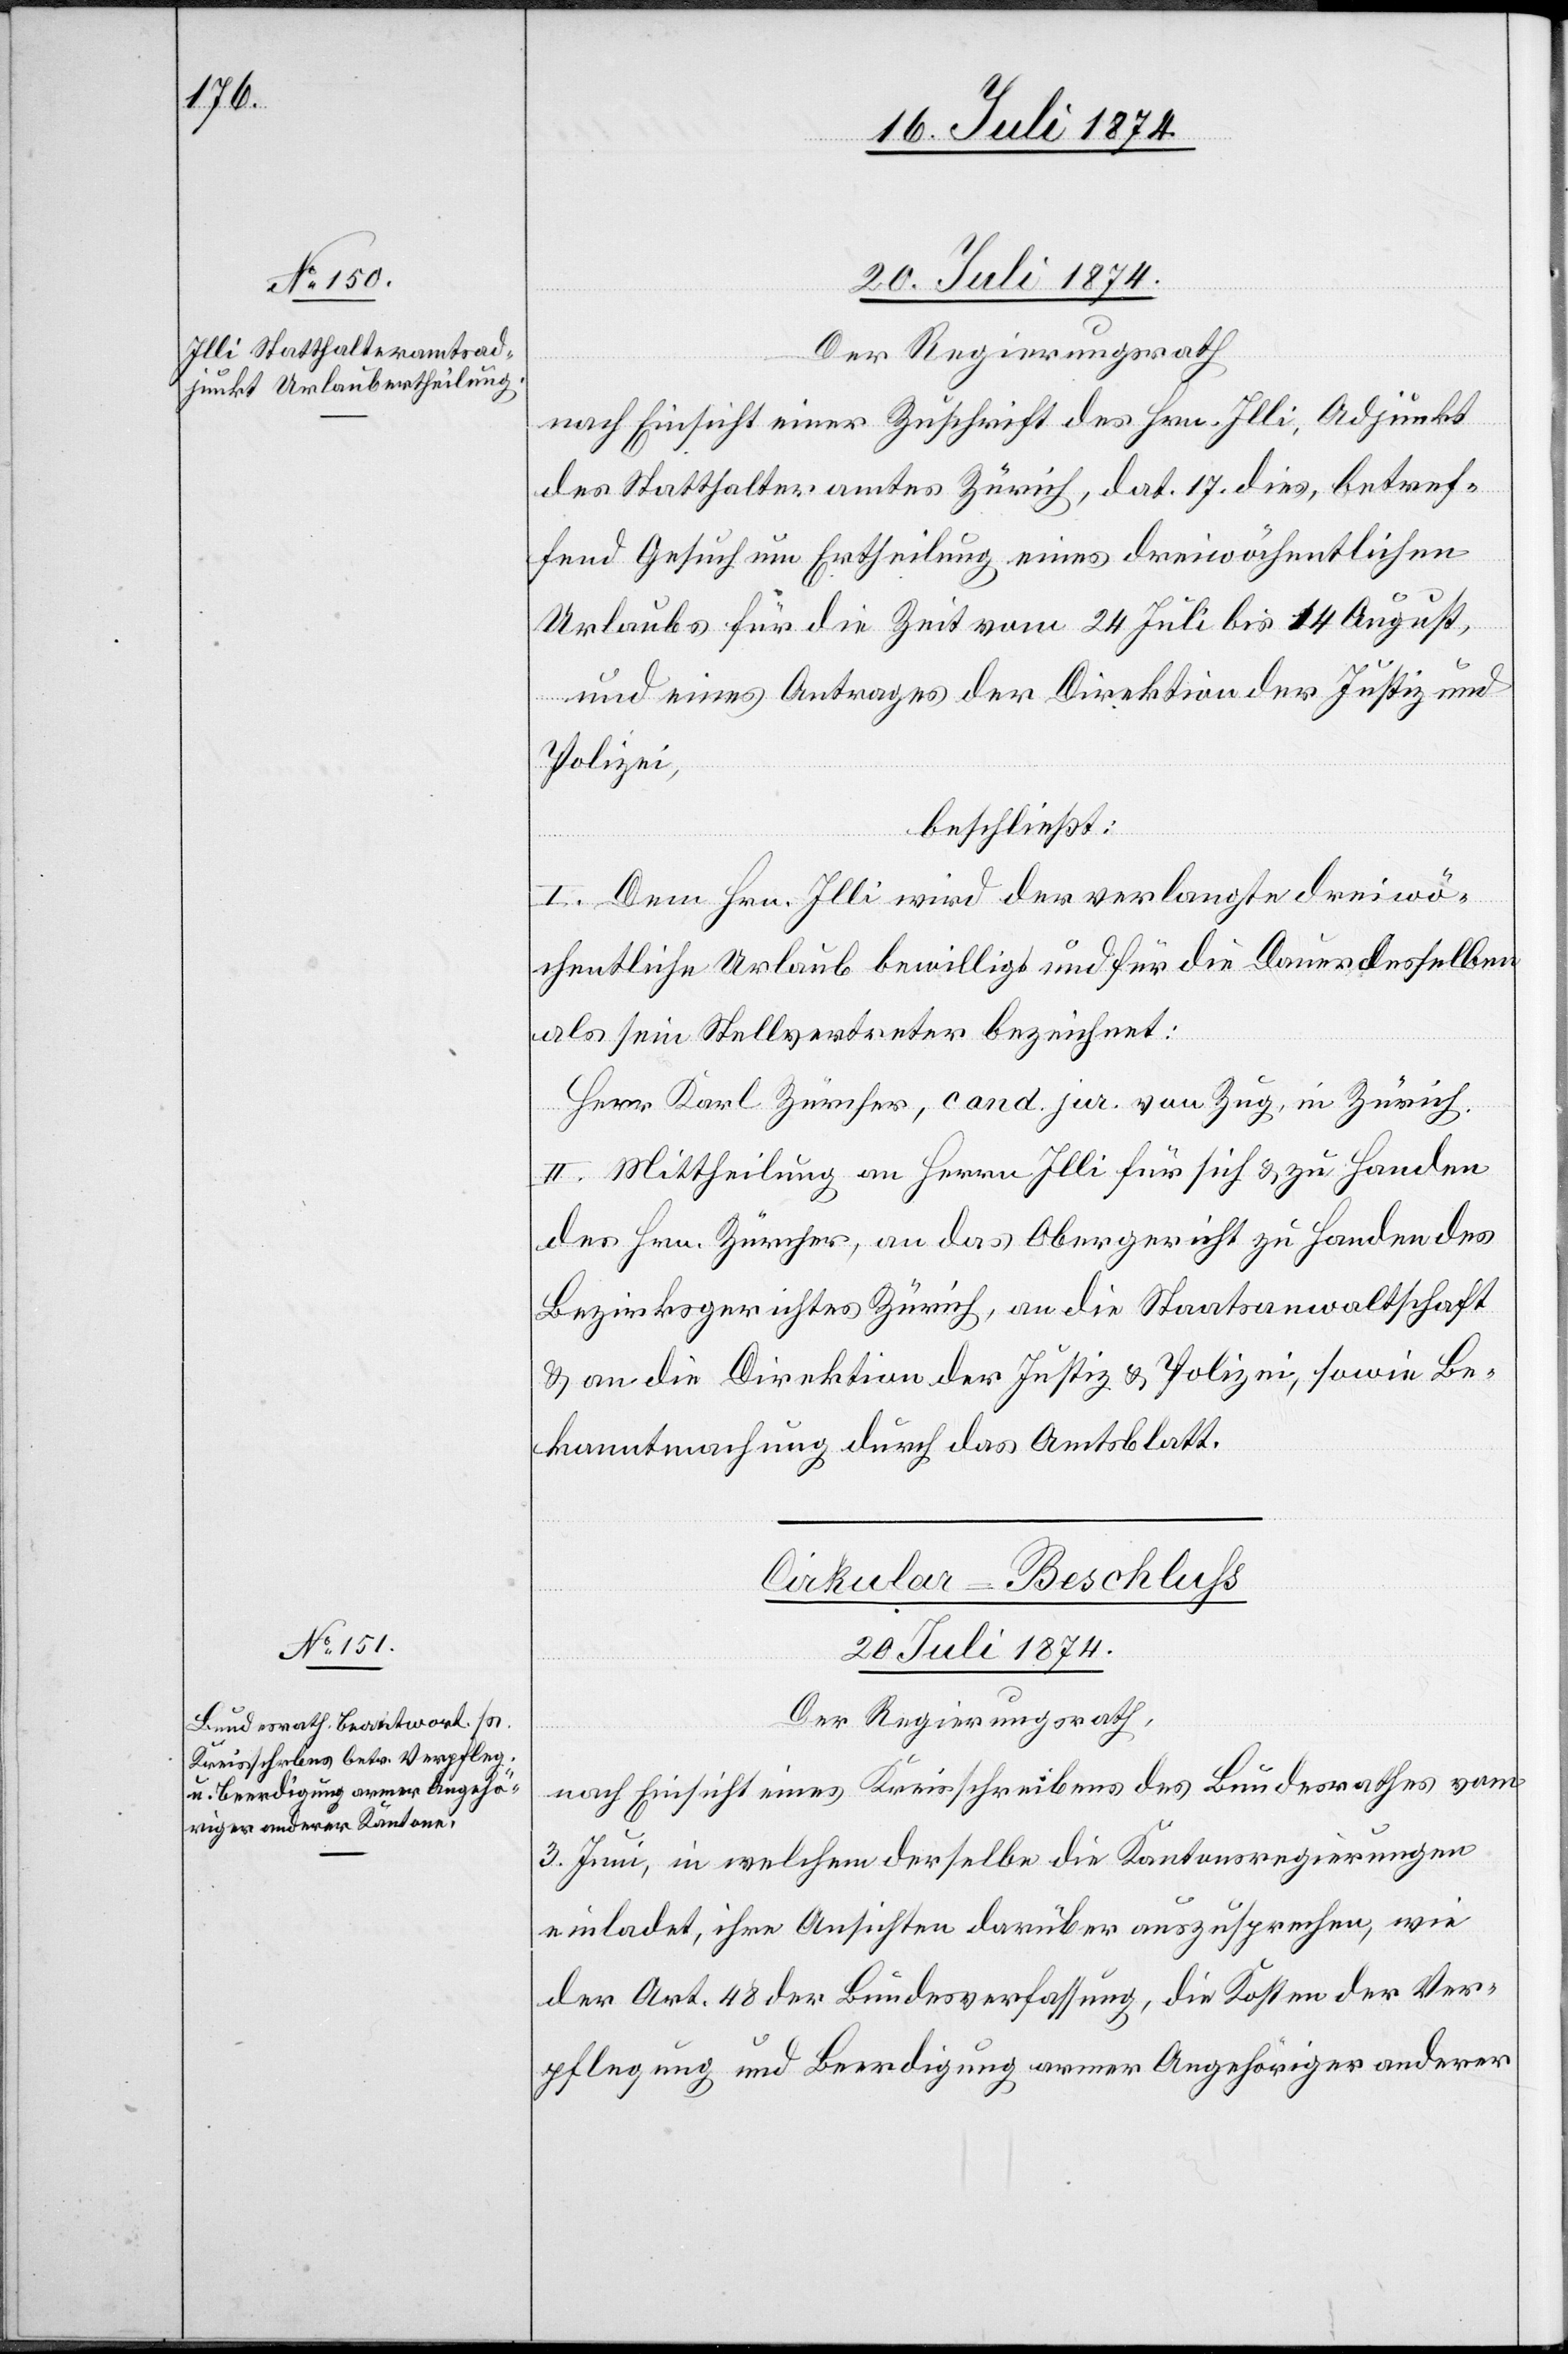
nach Einsicht einer Zuschrift des Hrn. Illi, Adjunkt
des Statthalteramtes Zürich, dat. 17. dies, betref¬
fend Gesuch um Ertheilung eines dreiwöchentlichen
Urlaubs für die Zeit vom 24. Juli bis 14. August,
und eines Antrages der Direktion der Justiz und
Polizei,
beschließt:
I. Dem Hrn. Illi wird der verlangte dreiwö¬
chentliche Urlaub bewilligt und für die Dauer desselben
als sein Stellvertreter bezeichnet:
Herr Karl Zürcher, cand. jur. von Zug, in Zürich.
II. Mittheilung an Herrn Illi für sich u. zu Handen
des Hrn. Zürcher, an das Obergericht zu Handen des
Bezirksgerichtes Zürich, an die Staatsanwaltschaft
u. an die Direktion der Justiz u. Polizei, sowie Be¬
kanntmachung durch das Amtsblatt.
Cirkular-Beschluß
[20. Juli 1874.]
Der Regierungsrath,
nach Einsicht eines Kreisschreibens des Bundesrathes vom
3. Juli, in welchem derselbe die Kantonsregierungen
einladet, ihre Ansichten darüber auszusprechen, wie
der Art. 48 der Bundesverfassung, die Kosten der Ver¬
pflegung und Beerdigung armer Angehöriger anderer